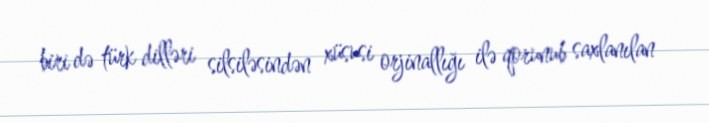
biri də türk dilləri silsiləsindən xüsusi orjinallığı ilə qorunub saxlanılan